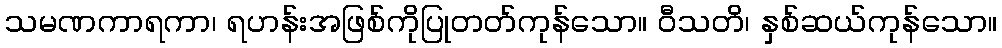
သမဏကာရကာ၊ ရဟန်းအဖြစ်ကိုပြုတတ်ကုန်သော။ ဝီသတိ၊ နှစ်ဆယ်ကုန်သော။